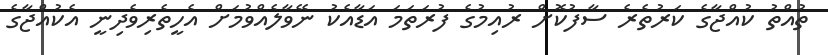
ތުއްތު ކުއްޖާގެ ކަރުތެރެ ސާފުކޮށް ރުއިމުގެ ފުރަތަމަ އަޑާއެކު ނޭވާލެއްވުމަށް އެހީތެރިވެދިނީ އެކުއްޖާގެ